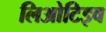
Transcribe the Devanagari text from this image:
लिओटिइव